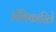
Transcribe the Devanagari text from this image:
अंगिकारिले